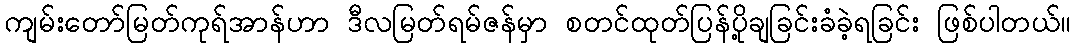
ကျမ်းတော်မြတ်ကုရ်အာန်ဟာ ဒီလမြတ်ရမ်ဇန်မှာ စတင်ထုတ်ပြန်ပို့ချခြင်းခံခဲ့ရခြင်း ဖြစ်ပါတယ်။